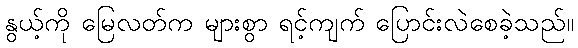
နွယ့်ကို မြေလတ်က များစွာ ရင့်ကျက် ပြောင်းလဲစေခဲ့သည်။